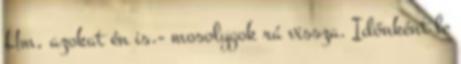
Hm, azokat én is.- mosolygok rá vissza. Időnként le